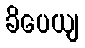
ခိပေယျ